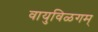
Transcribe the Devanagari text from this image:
वायुविळगम्